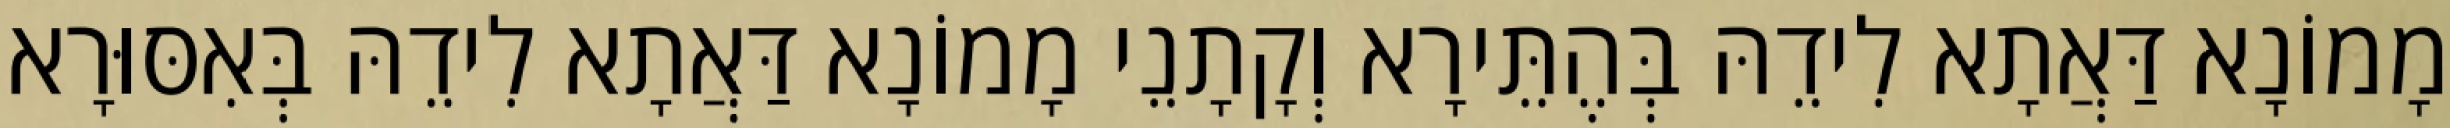
מָמוֹנָא דַּאֲתָא לִידֵהּ בְּהֶתֵּירָא וְקָתָנֵי מָמוֹנָא דַּאֲתָא לִידֵהּ בְּאִסּוּרָא